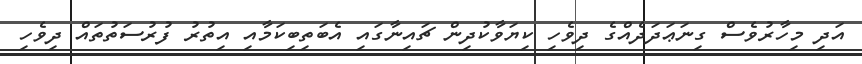
އަދި މިހާރުވެސް ގިނަޢަދަދެއްގެ ދިވެހި ކިޔަވާކުދިން ޗައިނާގައި އެބަތިބިކަމާއި އިތުރު ފުރުސަތުތައް ދިވެހި